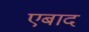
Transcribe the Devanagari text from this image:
एबाद